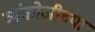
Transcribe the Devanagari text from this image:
व्यंकोजीच्या